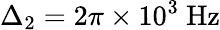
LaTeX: \Delta_{2}=2\pi\times 10^{3}~\mathrm{Hz}